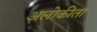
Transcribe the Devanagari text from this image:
अलोकीता